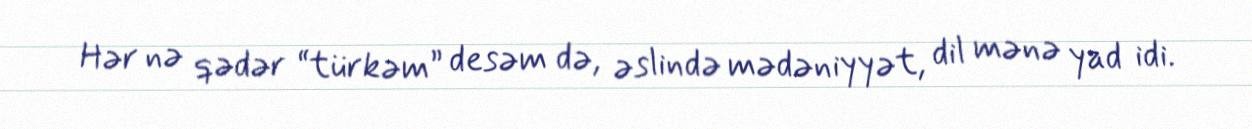
Hər nə qədər “türkəm” desəm də, əslində mədəniyyət, dil mənə yad idi.